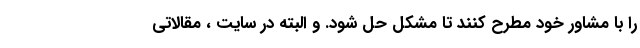
را با مشاور خود مطرح کنند تا مشکل حل شود. و البته در سایت ، مقالاتی